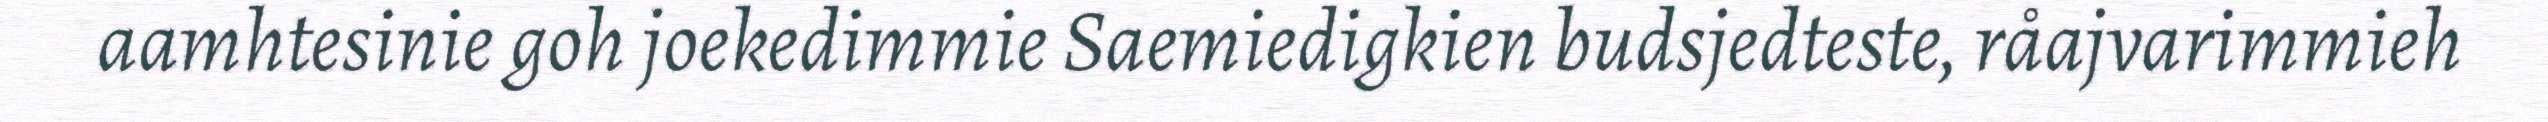
aamhtesinie goh joekedimmie Saemiedigkien budsjedteste, råajvarimmieh